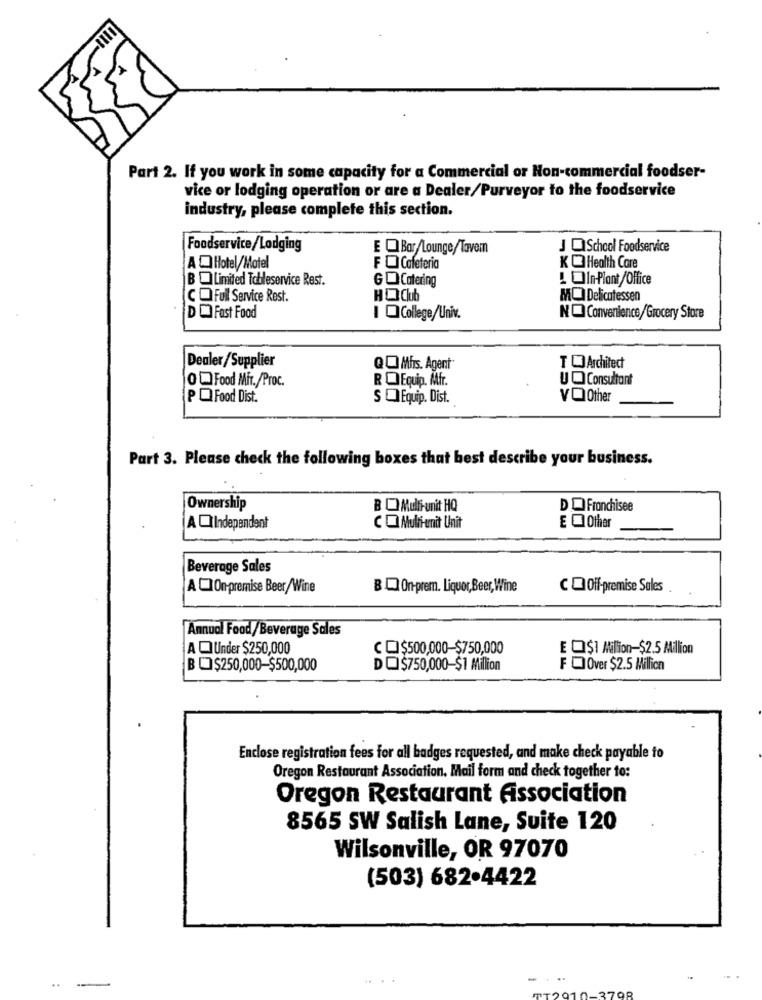
Part 2. If you work in some capacity for a Commercial or Non-commercial foodser-
vice or lodging operation or are a Dealer/Purveyor to the foodservice
industry, please complete this section.
Foodservice/Lodging
E QBar/Lounge/Tavem
J QSchool Foodservice
A Hotel/Motel
F O Cafeteria
KO Health Care
BQLimited Tchileservice Rest.
GO Catering
LOIn-Plant/Office
CO Full Service Rest.
HOClub
MO Delicatessen
DO Fast Food
I @College/Univ.
NO Convenience/Grocery Store
Dealer/Supplier
QMfrs. Agent
T CJ Architect
OFood Mir./Proc.
ROEquip. Mfr.
U Q Consultant
PO Food Dist.
SOEquip. Dist.
VO Other
Part 3. Please check the following boxes that best describe your business.
Ownership
B Q Multi-unit HQ
DO Franchisee
AQIndependent
CO Multi-unit Unit
E OOther
Beverage Sales
A C On-premise Beer/Wine
BL On-prem. Liquor, Beer, Wine
CQOff-premise Sales
Annual Food/Beverage Sales
AQ Under $250,000
CQ$500,000-$750,000
E Q$1 Million-$2.5 Milion
B C$250,000-$500,000
DO$750,000-$1 Million
F Over $2.5 Million
Enclose registration fees for all badges requested, and make check payable to
Oregon Restaurant Association. Mail form and check together to:
Oregon Restaurant Association
8565 SW Salish Lane, Suite 120
Wilsonville, OR 97070
(503) 682.4422